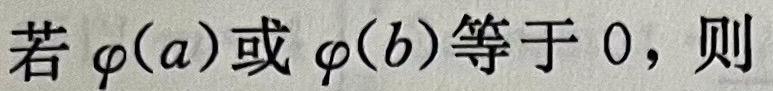
若 $\varphi(a)$或 $\varphi(b)$等于 $0$，则